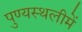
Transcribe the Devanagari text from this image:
पुण्‍यस्‍थलीमें